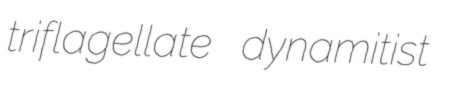
triflagellate dynamitist